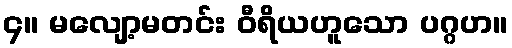
၄။ မလျော့မတင်း ဝီရိယဟူသော ပဂ္ဂဟ။